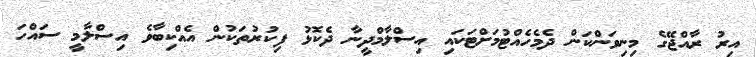
އިރު ރާއްޖޭގެ މިނިވަންކަން ދެމެހެއްޓުމަށްޓަކައި އިސްލާމްދީނާ ދެކޮޅު ފިކުރުތަކުން އެއްކިބާވެ އިސްލާމީ ސައްހަ